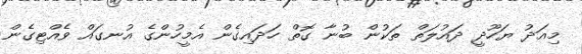
މިއަދު ޔަހޫދީ ދައުލަތް ތަކުން ބުނާ ގޮތް ހަދައިގެން އެމީހުންގެ އުނގައް ވެއްޓިގެން